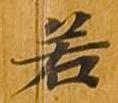
若